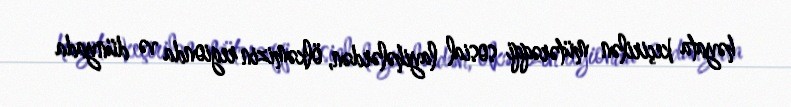
həyata keçirilən mütərəqqi sosial layihələrdən, ölkəmizin regionda və dünyada